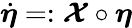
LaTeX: \dot{\boldsymbol\eta}=:\boldsymbol{\cal X}\circ\boldsymbol\eta